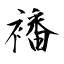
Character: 襎